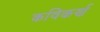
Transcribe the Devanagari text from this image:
कविकर्ण